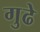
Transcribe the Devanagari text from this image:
गुढे